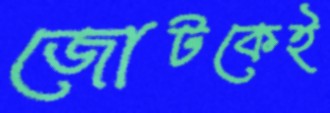
জোটকেই